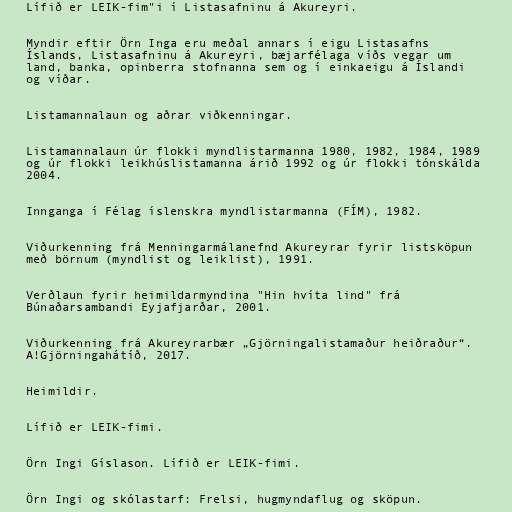
Lífið er LEIK-fim"i í Listasafninu á Akureyri.

Myndir eftir Örn Inga eru meðal annars í eigu Listasafns
Íslands, Listasafninu á Akureyri, bæjarfélaga víðs vegar um
land, banka, opinberra stofnanna sem og í einkaeigu á Íslandi
og víðar.

Listamannalaun og aðrar viðkenningar.

Listamannalaun úr flokki myndlistarmanna 1980, 1982, 1984, 1989
og úr flokki leikhúslistamanna árið 1992 og úr flokki tónskálda
2004.

Innganga í Félag íslenskra myndlistarmanna (FÍM), 1982.

Viðurkenning frá Menningarmálanefnd Akureyrar fyrir listsköpun
með börnum (myndlist og leiklist), 1991.

Verðlaun fyrir heimildarmyndina "Hin hvíta lind" frá
Búnaðarsambandi Eyjafjarðar, 2001.

Viðurkenning frá Akureyrarbær „Gjörningalistamaður heiðraður“.
A!Gjörningahátíð, 2017.

Heimildir.

Lífið er LEIK-fimi.

Örn Ingi Gíslason. Lífið er LEIK-fimi.

Örn Ingi og skólastarf: Frelsi, hugmyndaflug og sköpun.